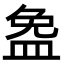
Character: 𪾐